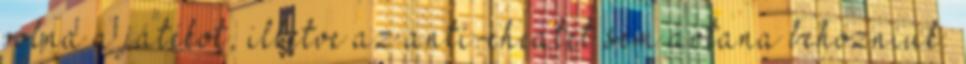
volna a játékot, illetve az anti-cheatet sem ártana behozniuk.